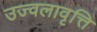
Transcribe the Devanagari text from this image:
उज्वलावृत्ति